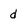
Character: d